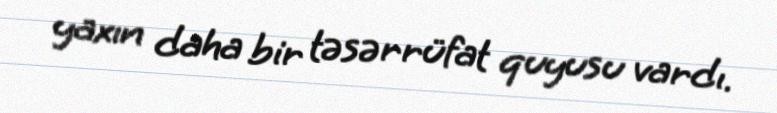
yaxın daha bir təsərrüfat quyusu vardı.